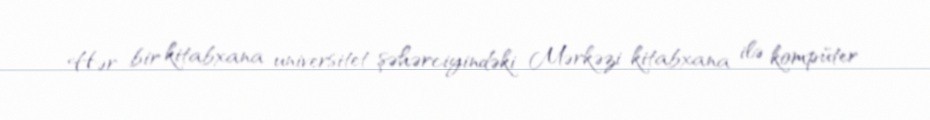
Hər bir kitabxana universitet şəhərciyindəki Mərkəzi kitabxana ilə kompüter